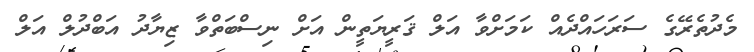
މެދުތެރޭގެ ސަރަހައްދެއް ކަމަށްވާ އަލް ޤަރީޔަތީން އަށް ނިސްބަތްވާ ޒިޔާދު އަބްދުލް އަލް